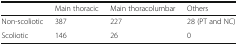
<table><thead><tr><td></td><td><b>Main thoracic</b></td><td><b>Main thoracolumbar</b></td><td><b>Others</b></td></tr></thead><tbody><tr><td>Non-scoliotic</td><td>387</td><td>227</td><td>28 (PT and NC)</td></tr><tr><td>Scoliotic</td><td>146</td><td>26</td><td>0</td></tr></tbody></table>